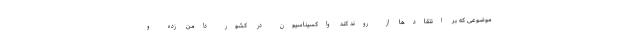
موضوعی که بر انتقادها از روند کُند واکسیناسیون در کشور دامن زده و